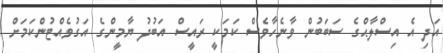
އަދި އެ އިސްލާޙްގެ ސަބަބުން ވާނެހާވެސް ކަމަކީ ރައީސް އަބުދު ޔާމީންގެ އަގުވެއްޓުންކަމަށް